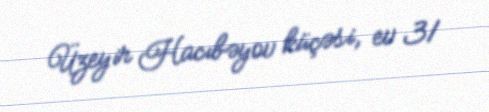
Üzeyir Hacıbəyov küçəsi, ev 31